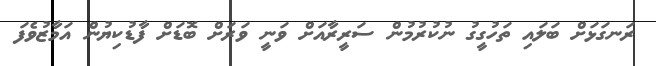
ރަނގަޅަށް ބަލައި ތަހުގީގު ނުކުރުމުން ސަރީރާއަށް ވަނީ ވަރަށް ބޮޑަށް ފާޑުކިޔުން އަމާޒުވެފަ